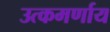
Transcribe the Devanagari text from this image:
उत्कमर्णाय